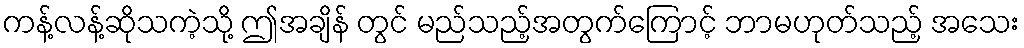
ကန့်လန့်ဆိုသကဲ့သို့ ဤအချိန် တွင် မည်သည့်အတွက်ကြောင့် ဘာမဟုတ်သည့် အသေး